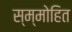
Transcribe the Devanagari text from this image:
स्म्मोहित